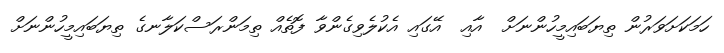
ހަމަކަށަވަރުން ތިޔަބައިމީހުންނަށް  އާއި  އޭގައި އެކުލެވިގެންވާ ފޮތެއް ތިމަންރަސްކަލާނގެ ތިޔަބައިމީހުންނަށް